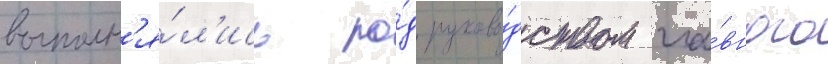
выполн'я́л'ись по́д руково́дством гла́вного